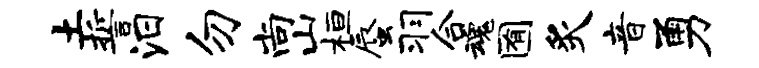
土誓汨勿尚山桓蜃羽合魂囿炙音勇